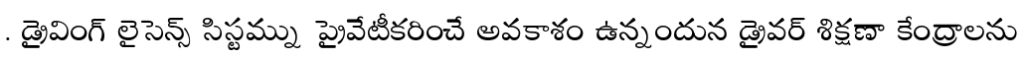
. డ్రైవింగ్ లైసెన్స్ సిస్టమ్ను ప్రైవేటీకరించే అవకాశం ఉన్నందున డ్రైవర్ శిక్షణా కేంద్రాలను